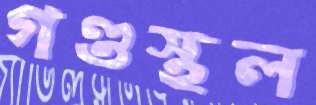
গণ্ডস্থল